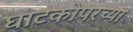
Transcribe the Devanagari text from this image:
घाटकोपरच्या